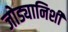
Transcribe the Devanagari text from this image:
जोड्यानिशी